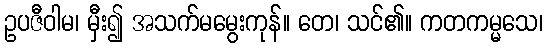
ဥပဇီဝါမ၊ မှီး၍ အသက်မမွေးကုန်။ တေ၊ သင်၏။ ကတကမ္မသေ၊